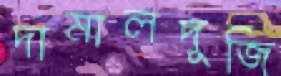
দামালদুজি